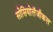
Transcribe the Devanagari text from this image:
सोसियोलॅजीकल